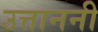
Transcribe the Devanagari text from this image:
उत्ताननी